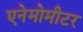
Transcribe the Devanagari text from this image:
एनेमोमीटर